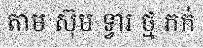
តាម ស៊ុម ទ្វារ ថ្ម ភក់